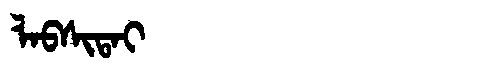
Manchu: ᠯᠠᠪᠰᡳᡨᠠᡳ
Romanization: LABSITAI